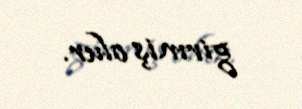
girmiş olur.